Bombay plague: being a history of the progress of plague in the Bombay presidency from September 1896 to June 1899
Year: 1896
Disease focus: Plague
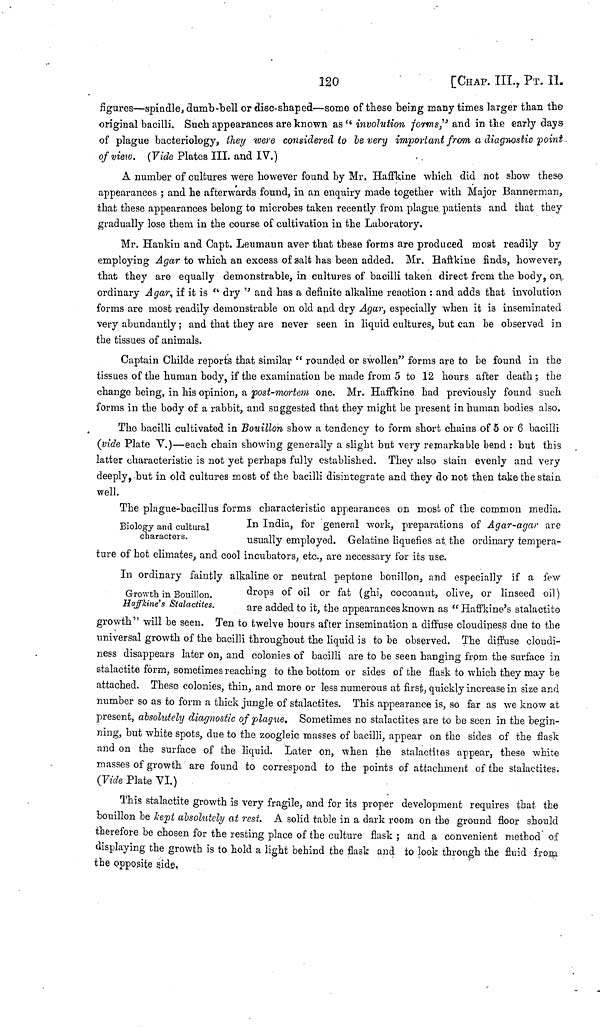
120
[CHAP. III., ΡT. II.
figures—spindle, dumb-bell or disc-shaped—some of these being many times larger than the
original bacilli. Such appearances are known as " involution forms," and in the early days
of plague bacteriology, they were considered to le very important from a diagnosis point.
of view. (Vide Plates III. and IV.)
A number of cultures were however found by Mr. Haffkine which did not show these
appearances ; and he afterwards found, in an enquiry made together with Major Bannerman,
that these appearances belong to microbes taken recently from plague patients and that they
gradually lose them in the course of cultivation in the Laboratory.
Mr. Hankin and Gapt. Leumann aver that these forms are produced moat readily by
employing Agar to which an excess of salt has been added. Mr. Haftkine finds, however,
that they are equally demonstrable, in cultures of bacilli taken direct from the body, on
ordinary Agar, if it is "dry " and has a definite alkaline reaction : and adds that involution
forms are most readily demonstrable on old and dry Agar, especially when it is inseminated
very abundantly ; and that they are never seen in liquid cultures, but can be observed in
the tissues of animals.
Captain Childe reports that similar "rounded or swollen" forms are to be found in the
tissues of the human body, if the examination be made from 5 to 12 hours after death ; the
change being, in his opinion, a post-mortem one. Mr. Haffkine had previously found such
forms in the body of a rabbit, and suggested that they might be present in human bodies also.
The bacilli cultivated in Bouillon show a tendency to form short chains of 5 or 6 bacilli
(vide Plate Y.)—each chain showing generally a slight but very remarkable bend : but this
latter characteristic is not yet perhaps fully established. They also stain evenly and very
deeply, -but in old cultures most of the bacilli disintegrate and they do not then take the stain
well.
Biology and cultural
characters.
The plague-bacillus forms characteristic appearances on most of the common media.
In India, for general work, preparations of Agar-agar are
usually employed. Gelatine liquefies at the ordinary tempera-
ture of hot climates, and cool incubators, etc., are necessary for its use.
Growth in Bouillon.
Haffkine's Stalactites.
In ordinary faintly alkaline or neutral peptone bouillon, and especially if a few
drops of oil or fat (ghi, cocoanut, olive, or linseed oil)
are added to it. the appearances known as "Haffkine's stalactite
growth will be seen. Ten to twelve hours after insemination a diffuse cloudiness due to the
universal growth of the bacilli throughout the liquid is to be observed. The diffuse cloudi-
ness disappears later on, and colonies of bacilli are to be seen hanging from the surface in
stalactite form, sometimes reaching to the bottom or sides of the flask to which they may be
attached. These colonies, thin, and more or less numerous at first, quickly increase in size and
number so as to form a thick jungle of stalactites. This appearance is, so far as we know at
present, absolutely diagnostic of plague. Sometimes no stalactites are to be seen in the begin-
ning, but white spots, due to the zoogleic masses of bacilli, appear on the sides of the flask
and on the surface of the liquid. Later on, when the stalactites appear, these white
masses of growth are found to correspond to the points of attachment of the stalactites.
(Vide Plate VI.)
This stalactite growth is very fragile, and for its proper development requires that the
bouillon be kept absolutely at rest. A solid table in a dark room on the ground floor should
therefore be chosen for the resting place of the culture flask ; and a convenient method of
displaying the growth is to hold a light behind the flask and to look through the fluid from
the opposite side.